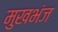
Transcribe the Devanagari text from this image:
मुखभंज